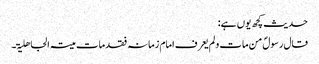
حدیث کچھ یوں ہے:
قال رسولؐ من مات و لم یعرف امام زمانہ فقد مات میتۃ الجاھلیۃ۔